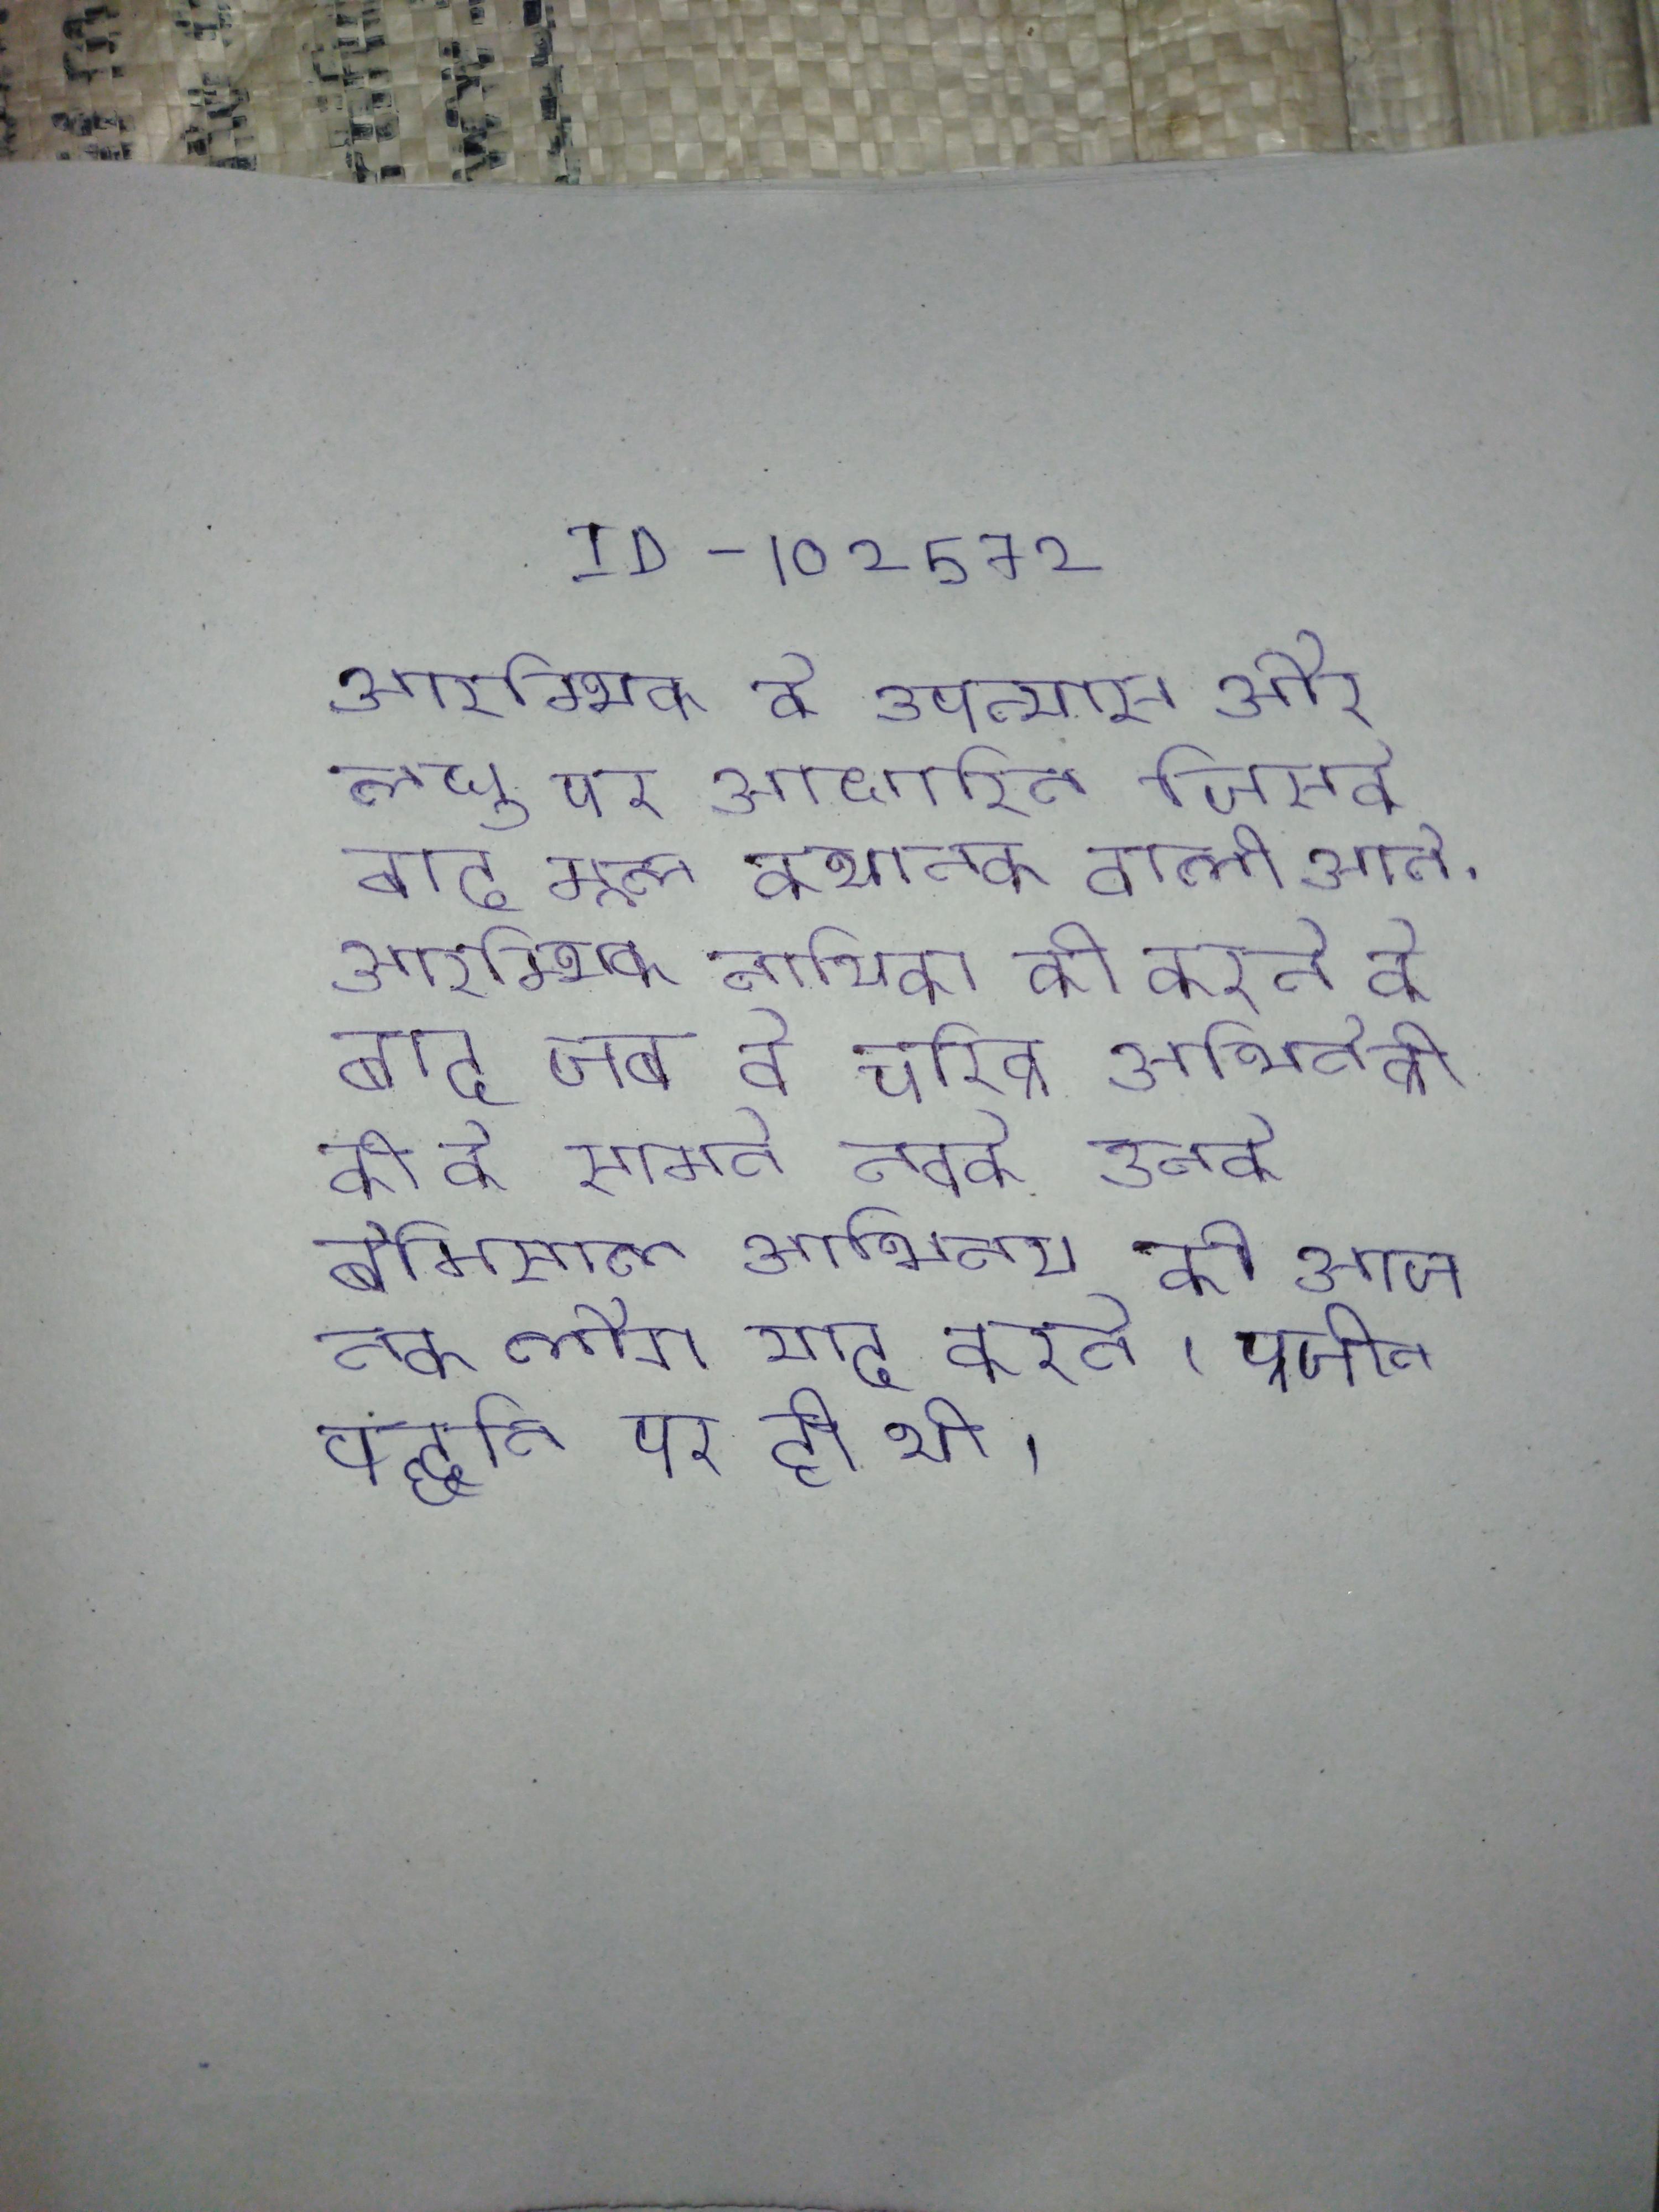
आरम्भिक के उपन्यास और लघु पर आधारित जिसके बाद मूल कथानक वाली आने . आरम्भिक नायिका की करने के बाद जब वे चरित्र अभिनेत्री की के सामने तबके उनके बेमिसाल अभिनय को आज तक लोग याद करते । आरम्भिक मध्यकाल सैन्य प्रणाली प्राचीन पद्धति पर ही थी ।